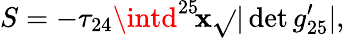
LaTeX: S=-\tau_{24}\intd^{25}\! \mathbf{x}\sqrt{}{{|\operatorname*{det}g_{25}^{\prime}|}},